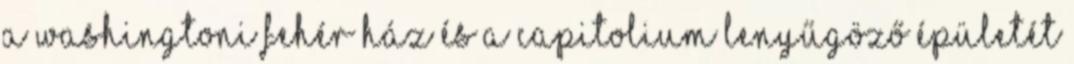
a washingtoni Fehér Ház és a Capitolium lenyűgöző épületét